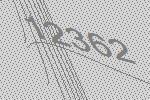
12362